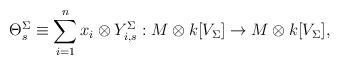
LaTeX: \begin{align*} \Theta_s^\Sigma \equiv \sum_{i=1}^n x_i \otimes Y_{i,s}^\Sigma: M \otimes k[V_\Sigma] \to M \otimes k[V_\Sigma], \end{align*}